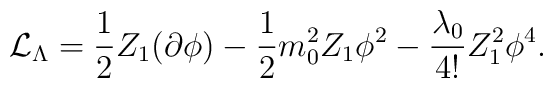
{\cal {L}}_{\Lambda }=\frac{1}{2}Z_{1}(\partial \phi )-\frac{1}{2}m^{2}_{0}Z_{1}\phi ^{2}-\frac{\lambda _{0}}{4!}Z_{1}^{2}\phi ^{4}.